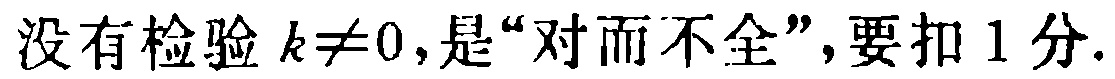
没有检验 \(k\neq0\)，是“对而不全”，要扣 1 分.